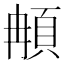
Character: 𩑺